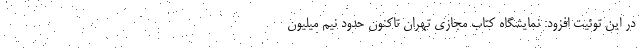
در این توئیت افزود: نمایشگاه کتاب مجازی تهران تاکنون حدود نیم میلیون